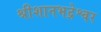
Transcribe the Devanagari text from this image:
श्रीशानभद्रेश्वर